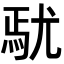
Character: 𡯼